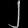
Digit: ၂